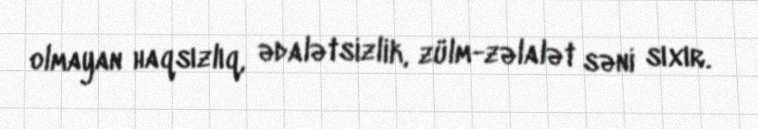
olmayan haqsızlıq, ədalətsizlik, zülm-zəlalət səni sıxır.